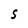
Character: S